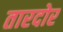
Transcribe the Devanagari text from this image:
तारदोर